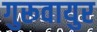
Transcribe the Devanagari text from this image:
गुरूवायुर